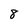
Character: 8